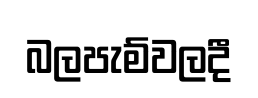
බලපැම්වලදී